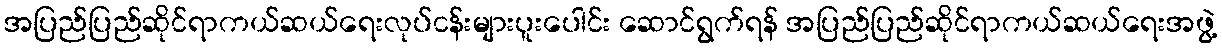
အပြည်ပြည်ဆိုင်ရာကယ်ဆယ်ရေးလုပ်ငန်းများပူးပေါင်း ဆောင်ရွက်ရန် အပြည်ပြည်ဆိုင်ရာကယ်ဆယ်ရေးအဖွဲ့